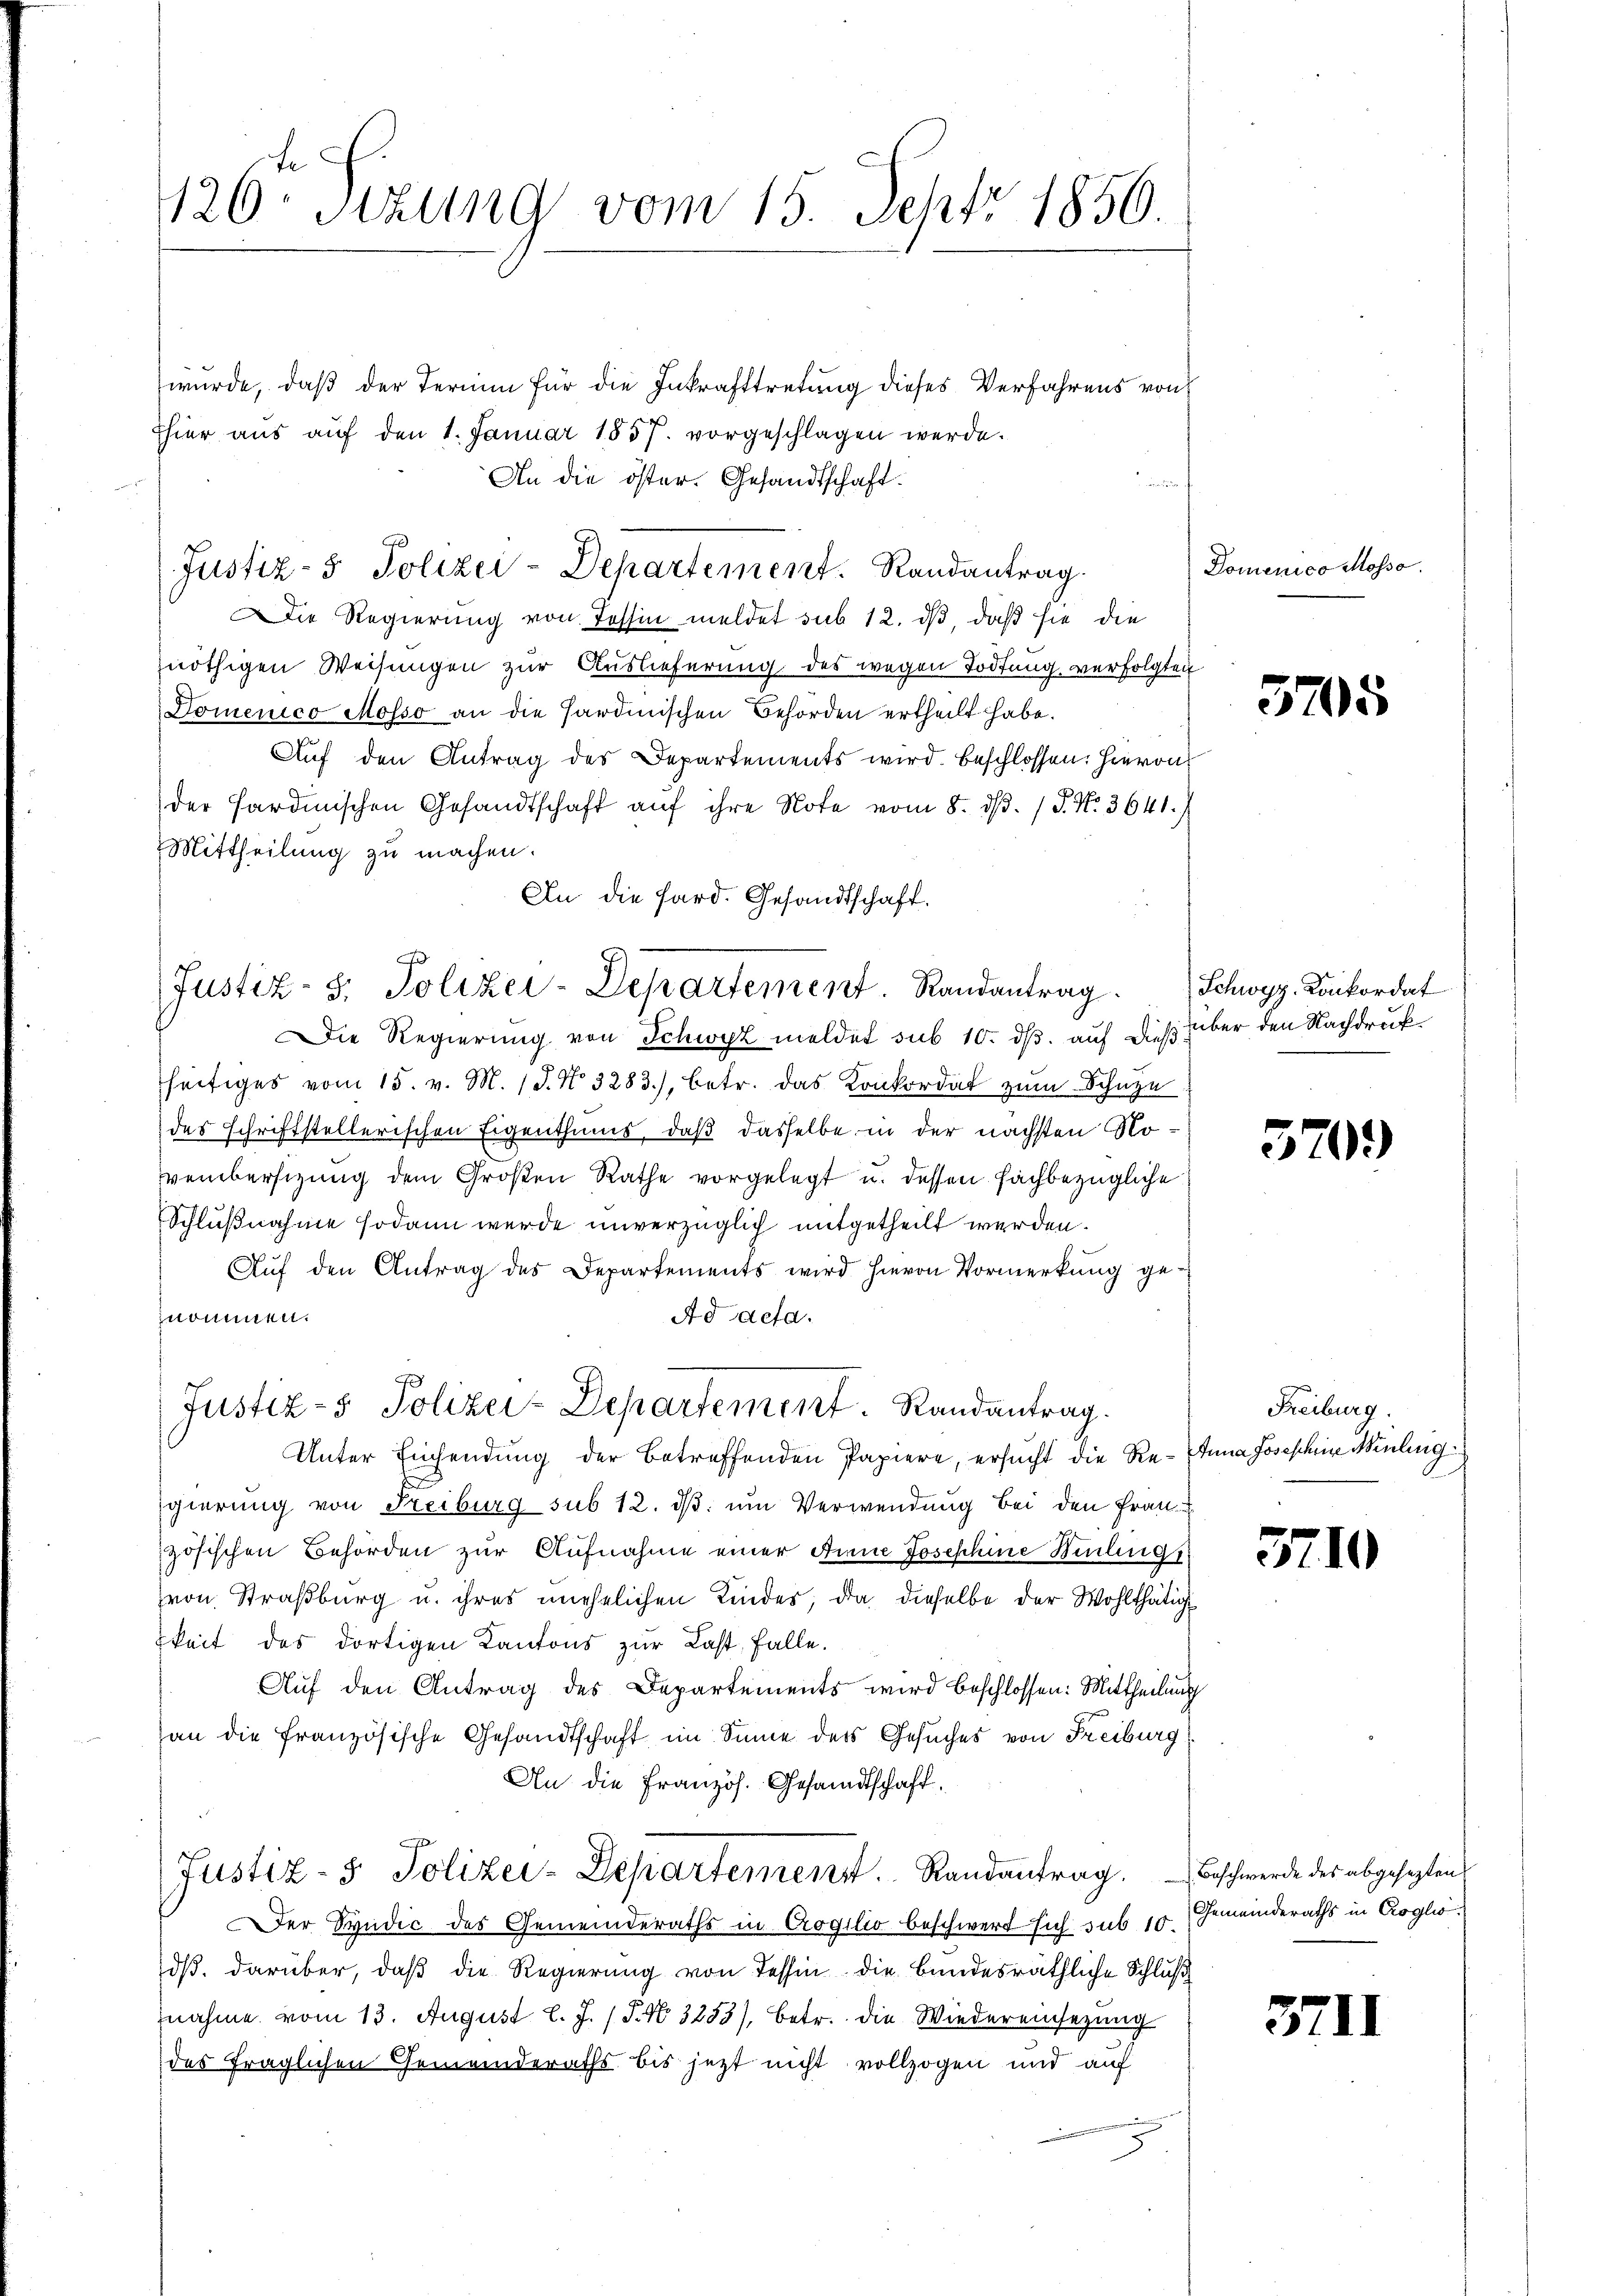
126. Sitzung vom 15. Sept 1850.

wurde, daß der Termin für die Inkrafttretung dieses Verfahrens von
hier aus auf den 1. Januar 1857. vorgeschlagen werde.
An die öster. Gesandtschaft.

Die Regierung von Tessin meldet sub 12. dβ, daß sie die
nöthigen Weisungen zur Auslieferung des wegen Tödtung verfolgten
Domenico Mosso an die Sardinischen Behörden ertheilt habe.
Auf den Antrag des Departements wird. Beschlossen: Hievon
der Sardinischen Gesandtschaft auf ihre Note vom 8. dβ. / P. Nr. 3641.
Mittheilung zu machen.
An die Sard. Gesandtschaft.
Die Regierung von Schwyz meldet sub 10. ds. auf dieß über den Nachdruk
seitiges vom 15. v. M. 18. No. 3283), betr. das Konkordat zum Schuze
des schriftstellerischen Eigenthums, daß dasselbe in der nächsten Noverbersizung dem Großen Rathe vorgelegt u. dessen fachbezügliche
Schlußnahme sodann werde unverzüglich mitgetheilt werden.
Auf den Antrag des Departements wird hievon Vormerkung genommen.
Ad acta.
A
Justiz- & Polizei-Departement. Randantrag.
Unter Einsendung der betreffenden Papiere, ersucht die Re-Inna Josephine Weinberg
gierung von Freiburg sub 12. dβ. um Verwendung bei den Frau
zösischen Behörden zur Aufnahme einer Anne Josephine Berlingt
von Straßburg u. ihres unehelichen Kindes, da dieselbe der Wohlthätig
keit des dortigen Kantons zur Last falle.
Auf den Antrag des Departements wird beschlossen: Mittheilung
an die französische Gesandtschaft im Sinne des Gesuches von Freiburg
An die Französ. Gesandtschaft.
d
Justiz- & Polizei-Departement. Randantrag. Beschwerde des abgesezten
Der Spudić des Gemeinderaths in Crogilio beschwert sich sub 10. Gemeinderaths in Croglio
dß darüber, daß die Regierung von Tessin die bundesräthliche Schluß
nahme vom 13. August l. J. (T. No. 3253), betr. die Wiedereinsezung
des fraglichen Gemeinderaths bis jezt nicht vollzogen und auf
u

Justiz- & Polizei-Departement. Randantrag.

Justiz- & Polizei-Departement. Randantrag. Schwyz. Konkordat

Domenico Mosso.

3705

570.)

Freiburg.

3710

3711